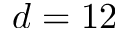
d = 1 2